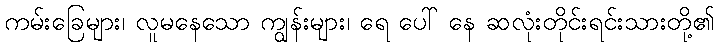
ကမ်းခြေများ၊ လူမနေသော ကျွန်းများ၊ ရေ ပေါ် နေ ဆလုံးတိုင်းရင်းသားတို့၏